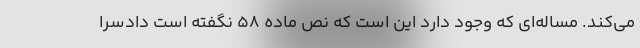
می‌کند. مساله‌ای که وجود دارد این است که نص ماده ۵۸ نگفته است دادسرا